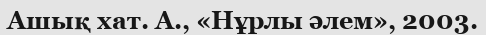
Ашық хат. А., «Нұрлы әлем», 2003.